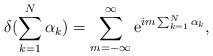
LaTeX: \begin{align*}\delta(\sum_{k=1}^N \alpha_k) = \sum_{m=-\infty}^{\infty} \mbox{e}^{ im \sum_{k=1}^N \alpha_k},\end{align*}